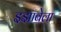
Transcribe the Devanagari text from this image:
इझाबेला